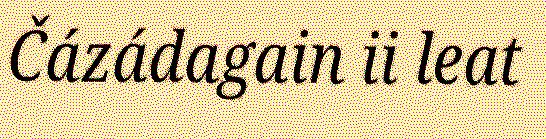
Čázádagain ii leat